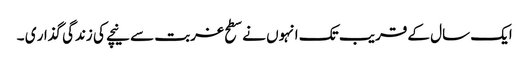
ایک سال کے قریب تک انہوں نے سطح غربت سے نیچے کی زندگی گذار ی ۔